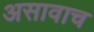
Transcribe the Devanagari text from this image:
असावाच